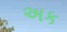
અક